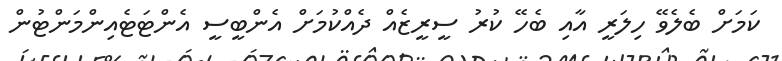
ކަމަށް ބެލެވޭ ހިލަރީ އާއި ބެހޭ ކުރު ސީރީޒެއް ދެއްކުމަށް އެންބީސީ އެންޓަޓެއިންމަންޓުން